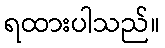
ရထားပါသည်။